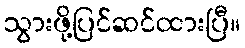
သွားဖို့ပြင်ဆင်ထားပြီ။